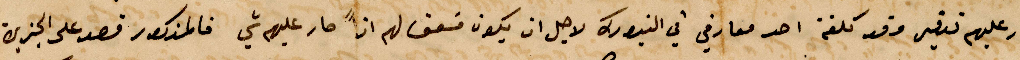
صار عليهم تدقيق وقد ملفه احد معارفي في النيورك لاجل ان يكون مسعف لهم اذًا صار عليهم شي فالمذكور قصد على الجزين